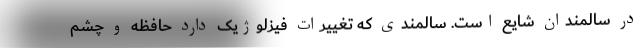
در سالمندان شایع است. سالمندی که تغییرات فیزلوژیک دارد حافظه و چشم